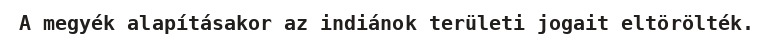
A megyék alapításakor az indiánok területi jogait eltörölték.